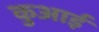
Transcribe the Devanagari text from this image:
कुआई